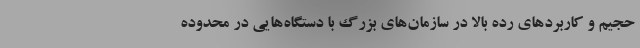
حجیم و کاربردهای رده بالا در سازمان‌های بزرگ با دستگاه‌هایی در محدوده